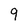
Character: q